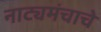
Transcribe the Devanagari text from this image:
नाट्यमंचाचे